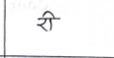
मजकूर: री